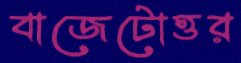
বাজেটোত্তর